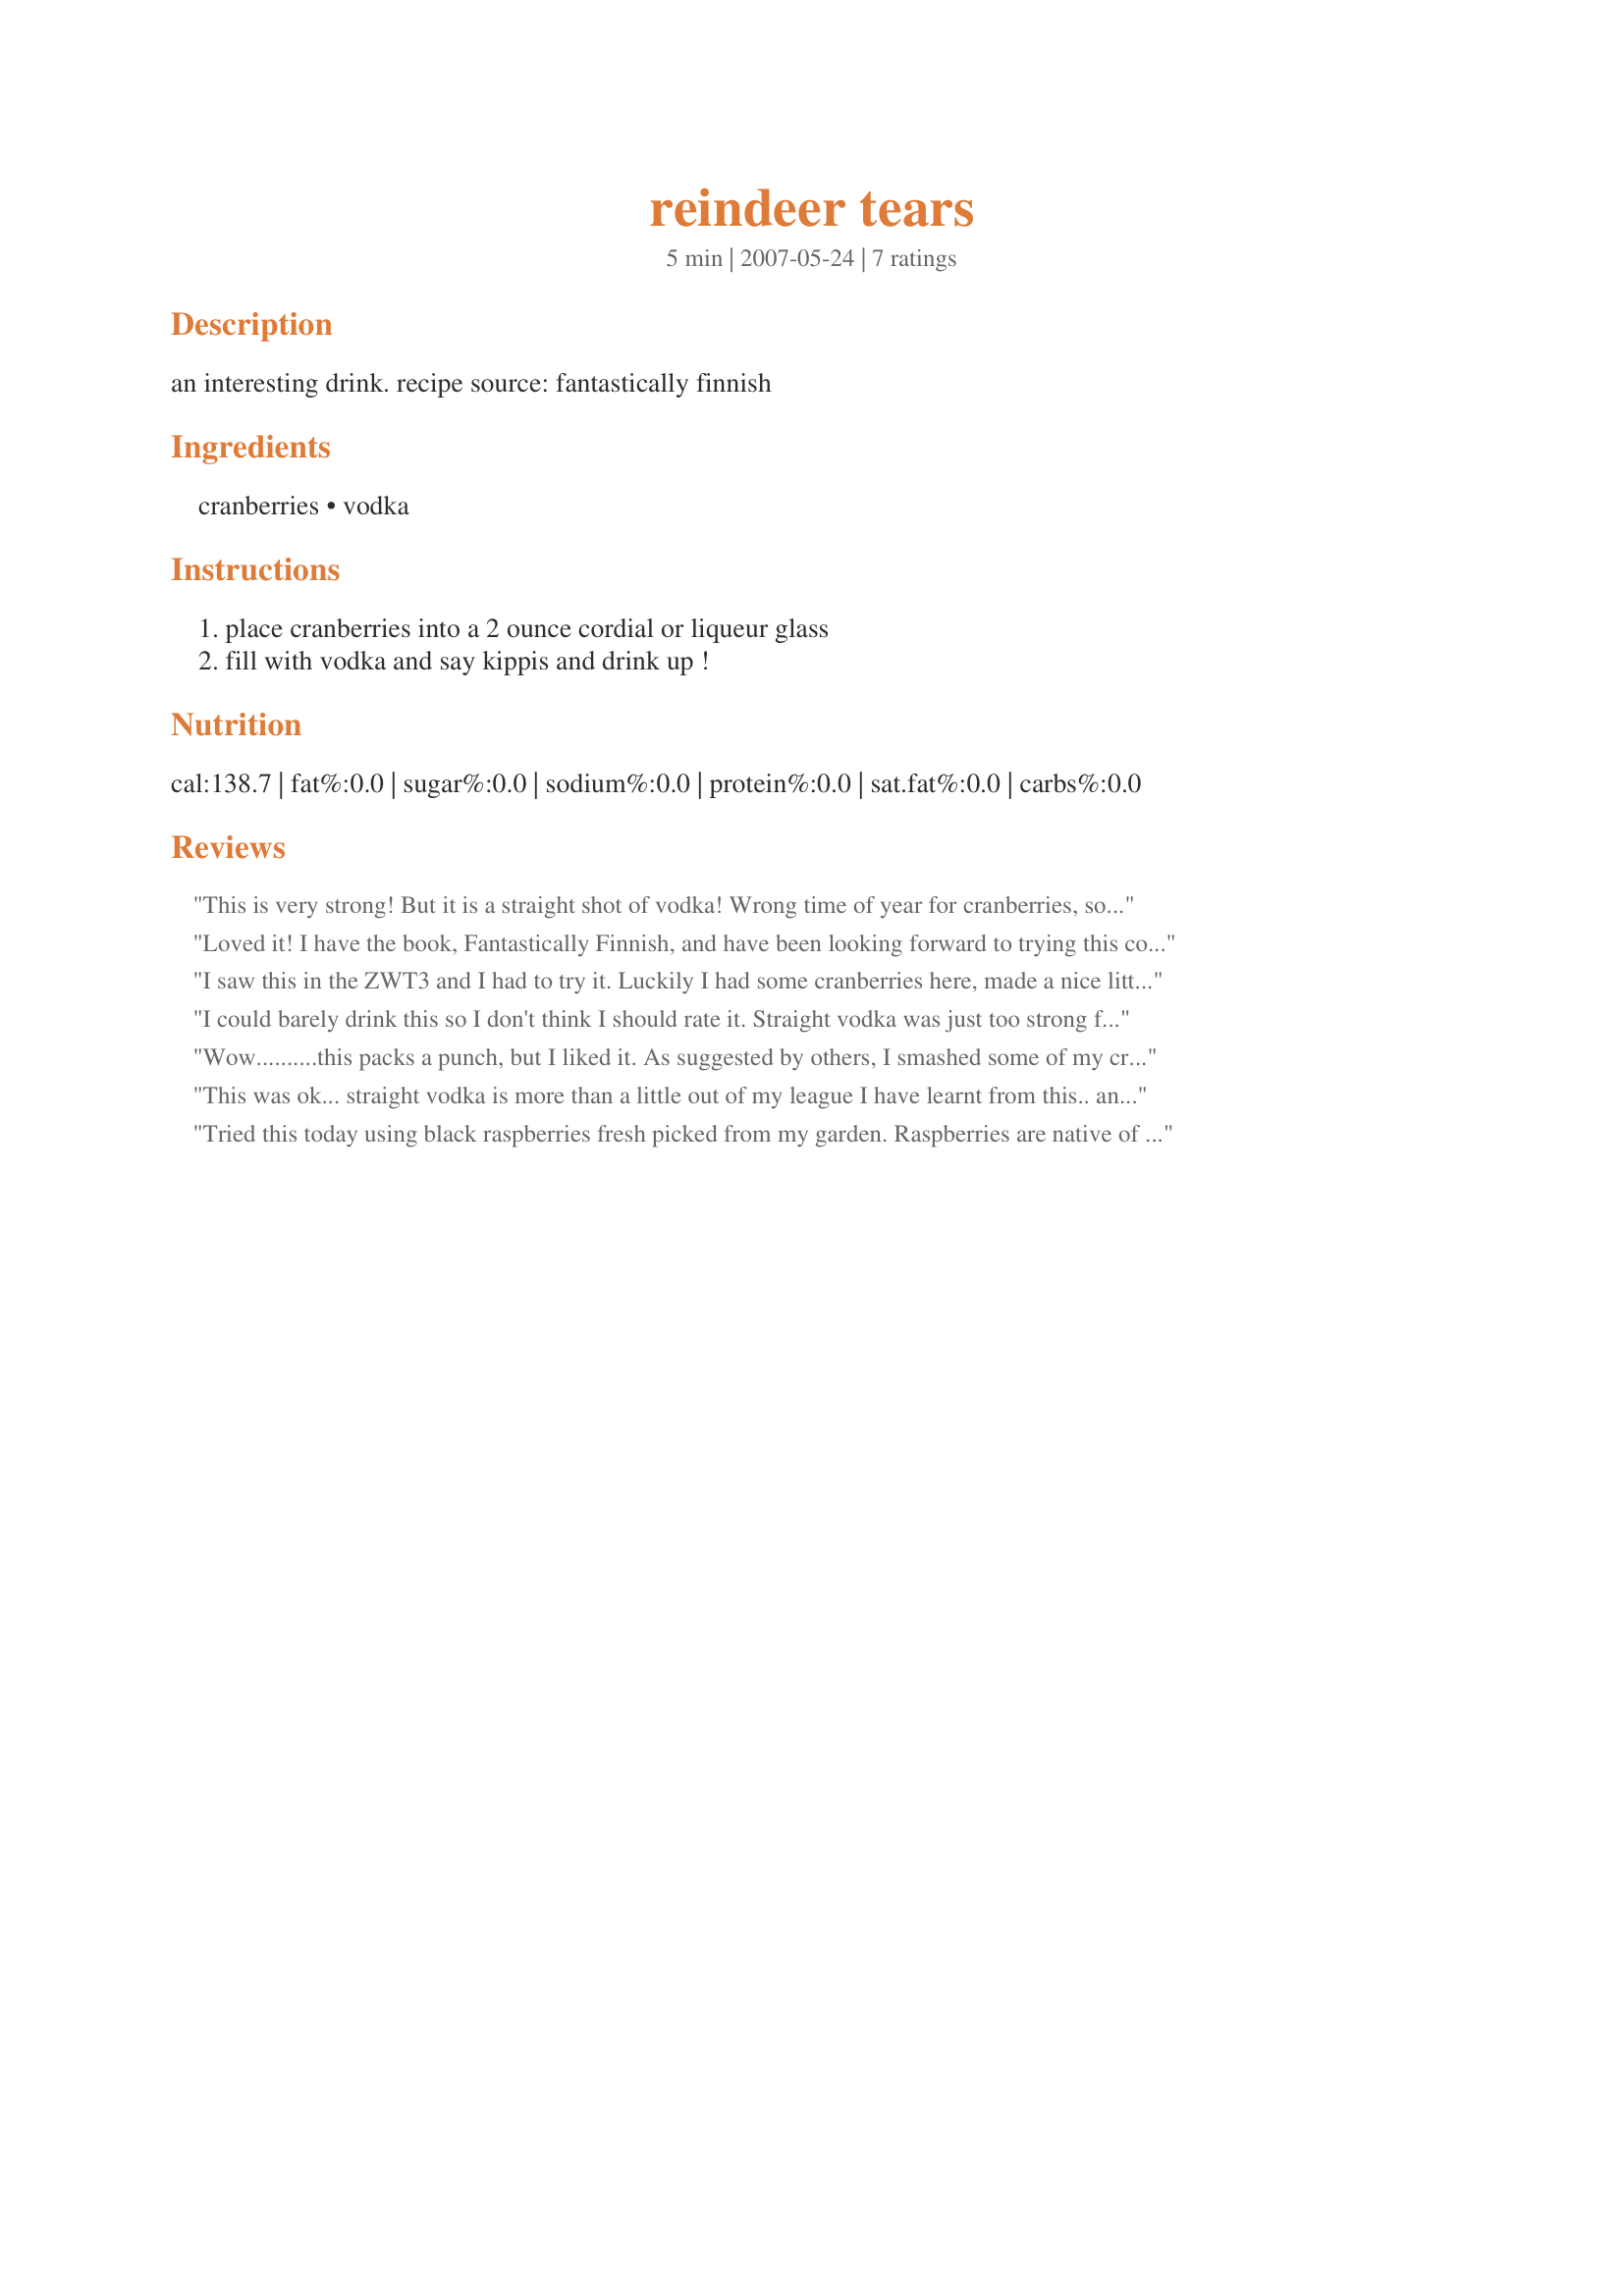
reindeer tears
Preparation time: 5 minutes

an interesting drink. recipe source: fantastically finnish

Ingredients:
cranberries, vodka

Steps:
place cranberries into a 2 ounce cordial or liqueur glass, fill with vodka and say kippis and drink up !

Reviews:
This is very strong! But it is a straight shot of vodka! Wrong time of year for cranberries, so I used cherries (also Scandinavian). A very pretty drink. Thanks for sharing!
Loved it! I have the book, Fantastically Finnish, and have been looking forward to trying this cocktail. I will share what the intro to the recipe says, "Born in HaapajÃ¤rvi, Finland, Aimo moved to the US in 1969. He is married to a Finnish-American from northern Minnesota. He operates Memories of Finland, a Finnish import shop, and is part owner of Finlandia Importers, a major importer of Finnish gift and sauna items.â€� Thanks, Ellie! Made for fellow Unruly for ZWT6.
I saw this in the ZWT3 and I had to try it. Luckily I had some cranberries here, made a nice little shot! I plan to try it with other berries too.
I could barely drink this so I don't think I should rate it. Straight vodka was just too strong for me and the cranberries got caught in my throat. Made for Let's P-A-R-T-Y! ~2010
Wow..........this packs a punch, but I liked it. As suggested by others, I smashed some of my cranberries to give it a little more flavor and that worked well. May add a little Sprite next time. Thanks for sharing. Made for ZWT #6 :)
This was ok... straight vodka is more than a little out of my league I have learnt from this.. and I was uncertain if I should crush the cranberries or not.. instead I kept them whole and think that doing something extra to release the flavour of the cranberries would have been better.
I found this to be too strong as it stands and I'm certain now that it would have been far more drinkable had the cranberries been crushed. Sadly this is only 
- OK - for me but I was pleased to have given it a shot. Thanks!
Tried this today using black raspberries fresh picked from my garden. Raspberries are native of Scandinavia and I did not have any cranberries. Since the berries were small I added about 8-10 berries. Though a litte strong this drink was very tasty. I will have to try when cranberries are in season. Made for ZWT3.
